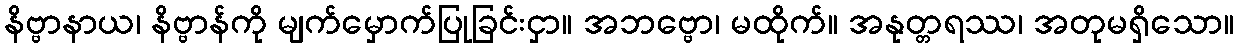
နိဗ္ဗာနာယ၊ နိဗ္ဗာန်ကို မျက်မှောက်ပြုခြင်းငှာ။ အဘဗ္ဗော၊ မထိုက်။ အနုတ္တရဿ၊ အတုမရှိသော။